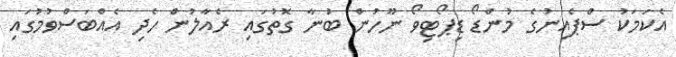
އެކަމަކު ސްޕެއިނުގެ މުންޑޯ ޑިޕޯޓިވޯ ނޫހުން ބުނާ ގޮތުގައި ރެއާލުން ހެދި އެއްބަސްވުމުގައި